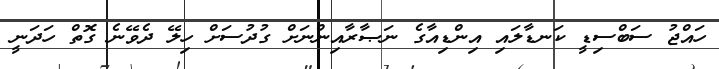
ހައްޖު ސަބްސިޑީ ކަނޑާލައި އިންޑިއާގެ ނަޞާރާއިންނަށް ގުދުސަށް ހިލޭ ދެވޭނެ ގޮތް ހަދަނީ